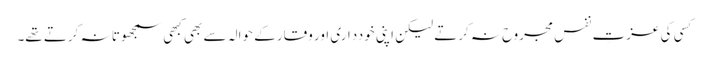
کسی کی عزتِ نفس مجروح نہ کرتے لیکن اپنی خودداری اور وقار کے حوالہ سے بھی کبھی سمجھوتا نہ کرتے تھے۔